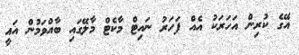
އޭގެ ކުރިން އަހަރަކު އެއް ފަހަރު ނައިޓް މާކެޓް މާލޭގައި ބާއްވަމުން އައީ